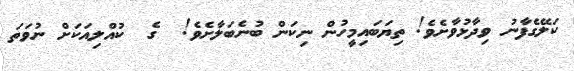
ކަލޭގެފާނު ވިދާޅުވާށެވެ! ތިޔަބައިމީހުން ނިކަން ބުނެބަލާށެވެ!  ގެ  ކުއްލިއަކަށް ނުވަތަ